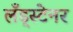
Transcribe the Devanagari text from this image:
लँड्स्टेनर